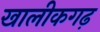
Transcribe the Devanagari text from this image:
खालीकगढ़